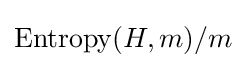
\operatorname {Entropy} (H,m)/m